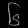
Digit: ၆